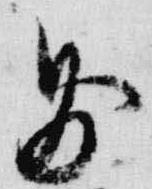
則